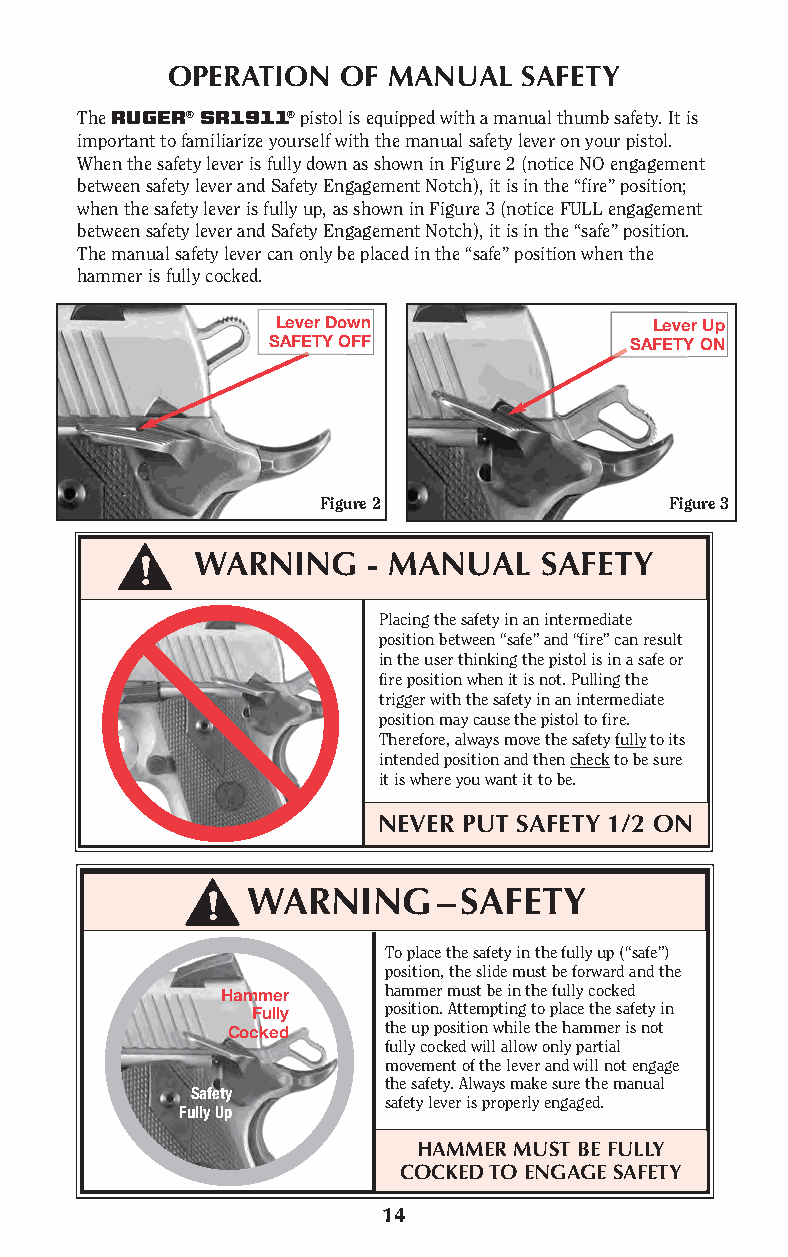
OPERATION   OF MANUAL   SAFETY
 The RUGER® SR1911® pistol is equipped with a manual thumb safety. It is
 important to familiarize yourself with the manual safety lever on your pistol.
 When the safety lever is fully down as shown in Figure 2 (notice NO engagement
 between safety lever and Safety Engagement Notch), it is in the “fire” position;
 when the safety lever is fully up, as shown in Figure 3 (notice FULL engagement
 between safety lever and Safety Engagement Notch), it is in the “safe” position.
 The manual safety lever can only be placed in the “safe” position when the
 hammer is fully cocked.
 Lever Down               Lever Up
 SAFETY OFF              SAFETY ON
 Figure 2               Figure 3
 WARNING    - MANUAL    SAFETY
 Placing the safety in an intermediate
 position between “safe” and “fire” can result
 in the user thinking the pistol is in a safe or
 fire position when it is not. Pulling the
 trigger with the safety in an intermediate
 position may cause the pistol to fire.
 Therefore, always move the safety fully to its
 intended position and then check to be sure
 it is where you want it to be.
 NEVER PUT SAFETY 1/2 ON
 WARNING      –SAFETY
 To place the safety in the fully up (“safe”)
 position, the slide must be forward and the
 Hammer    hammer must be in the fully cocked
 Fully   position. Attempting to place the safety in
 Cocked    the up position while the hammer is not
 fully cocked will allow only partial
 movement of the lever and will not engage
 the safety. Always make sure the manual
 Safety
 safety lever is properly engaged.
 Fully Up
 HAMMER MUST BE FULLY
 COCKED TO ENGAGE SAFETY
 14